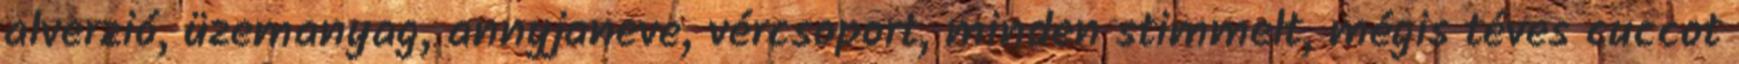
alverzió, üzemanyag, annyjaneve, vércsoport, minden stimmelt, mégis téves cuccot